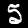
Label: 5